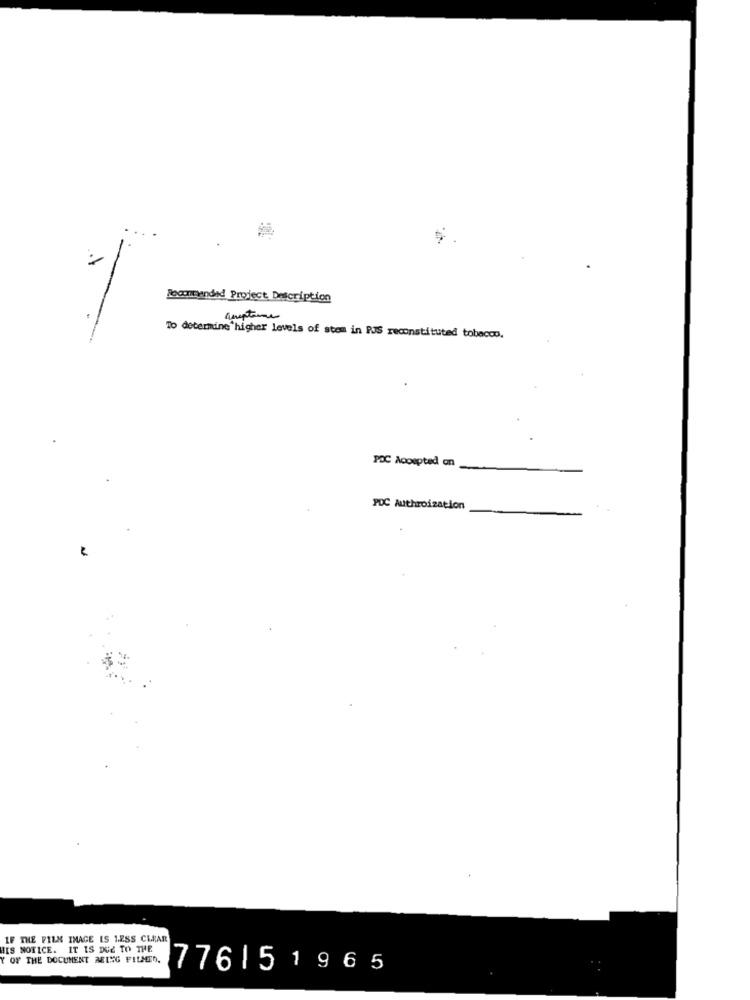
Recontwended Project Description
amptime
To determine higher levels of stem in PJS reconstituted tobacco.
POC Acoupted on
PDC Authroization
LF THE FILM IMAGE IS LESS CLEAR
IIS NOTICE. IT IS DUE TO THE
Y OF THE DOCUMENT BEING FILMTO.
776151965